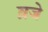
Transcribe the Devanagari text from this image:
व्रजे